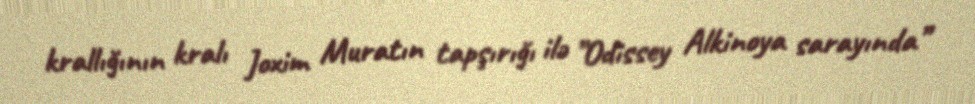
krallığının kralı Joxim Muratın tapşırığı ilə ”Odissey Alkinoya sarayında”